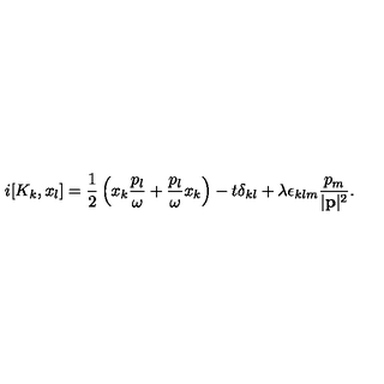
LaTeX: i [ K _ { k } , x _ { l } ] = \frac { 1 } { 2 } \left( x _ { k } \frac { p _ { l } } { \omega } + \frac { p _ { l } } { \omega } x _ { k } \right) - t \delta _ { k l } + \lambda \epsilon _ { k l m } \frac { p _ { m } } { | { \bf p } | ^ { 2 } } .